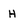
Character: H